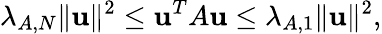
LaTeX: \lambda_{A,N}\| \mathbf{u}\| ^{2}\leq\mathbf{u}^{T}A\mathbf{u}\leq\lambda_{A,1}\| \mathbf{u}\| ^{2},